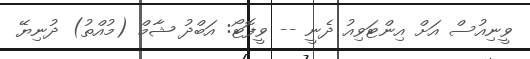
ވީނިއުސް އަށް އިންޓަވިއު ދެނީ -- ވީފޮޓޯ: އަބްދު ޝާމް (މުއްތު) ދުނިޔޭ